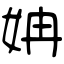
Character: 姌